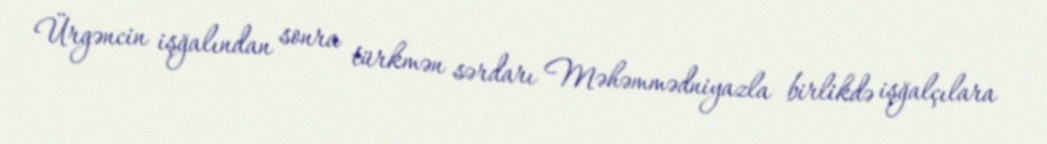
Ürgəncin işğalından sonra türkmən sərdarı Məhəmmədniyazla birlikdə işğalçılara